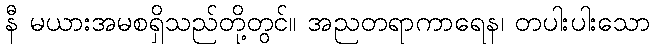
နီ မယားအမစရှိသည်တို့တွင်။ အညတရာကာရေန၊ တပါးပါးသော